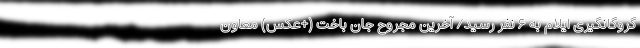
گروگانگیری ایلام به ۶ نفر رسید/ آخرین مجروح جان باخت (+عکس) معاون